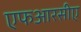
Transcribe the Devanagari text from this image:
एफआरसीए